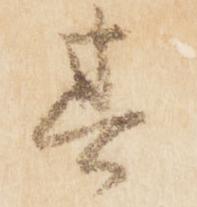
其